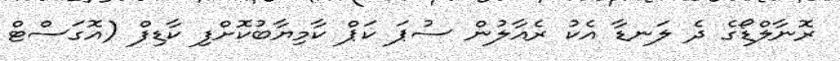
ރޮނާލްޑޯގެ ދެ ލަނޑާ އެކު ރެއާލުން ސުޕަ ކަޕް ކާމިޔާބުކޮށްފި ކާޑިފް (އޮގަސްޓް